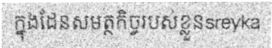
ក្នុងដែនសមត្ថកិច្ចរបស់ខ្លួនsreyka